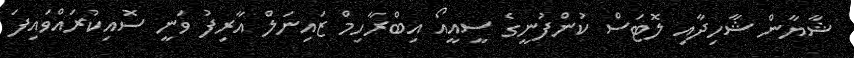
ޝާޔާން ޝާހިދާއި ލޮޓަސް ކުންފުނީގެ ސީއީއޯ އިބްރާހިމް ޒައިނަލް އާރިފު ވަނީ ސޮއިކުރައްވައިފަ